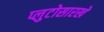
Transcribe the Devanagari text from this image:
प्लुटोसारखे